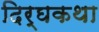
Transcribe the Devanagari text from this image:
दिर्घकथा